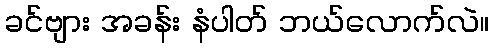
ခင်ဗျား အခန်း နံပါတ် ဘယ်လောက်လဲ။